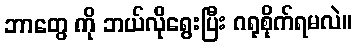
ဘာတွေ ကို ဘယ်လိုရွေးပြီး ဂရုစိုက်ရမလဲ။